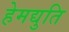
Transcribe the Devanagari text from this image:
हेमद्युति